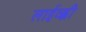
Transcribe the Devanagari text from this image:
लाईव्ह्ली